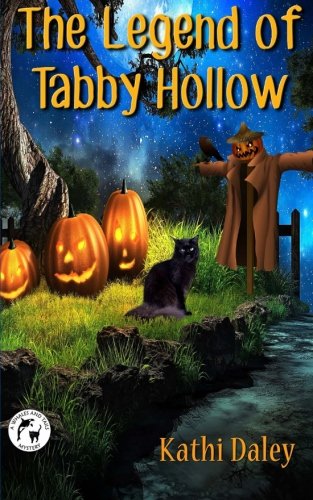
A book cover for The Legend of Tabby Hollow (Whales and Tails Mystery ) (Volume 5); Kathi Daley; Mystery, Thriller & Suspense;